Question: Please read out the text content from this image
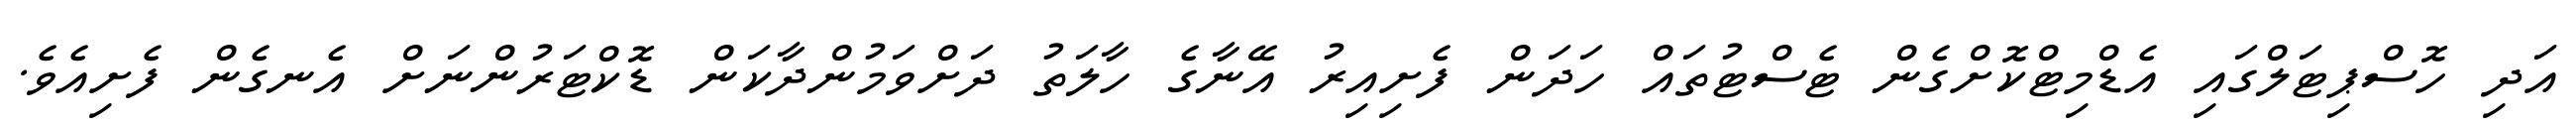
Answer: އަދި ހޮސްޕިޓަލްގައި އެޑްމިޓްކޮށްގެން ޓެސްޓުތައް ހަދަން ފެށިއިރު އޭނާގެ ހާލަތު ދަށްވަމުންދާކަން ޑޮކްޓަރުންނަށް އެނގެން ފެށިއެވެ.